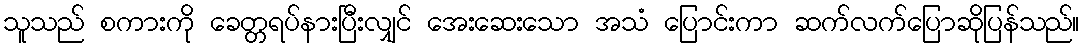
သူသည် စကားကို ခေတ္တရပ်နားပြီးလျှင် အေးဆေးသော အသံ ပြောင်းကာ ဆက်လက်ပြောဆိုပြန်သည်။